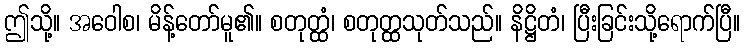
ဤသို့။ အဝေါစ၊ မိန့်တော်မူ၏။ စတုတ္ထံ၊ စတုတ္ထသုတ်သည်။ နိဋ္ဌိတံ၊ ပြီးခြင်းသို့ရောက်ပြီ။